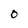
Character: 0